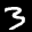
Label: 3